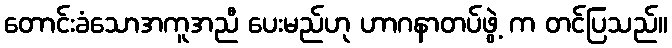
တောင်းခံသောအကူအညီ ပေးမည်ဟု ဟာဂနာတပ်ဖွဲ့ က တင်ပြသည်။